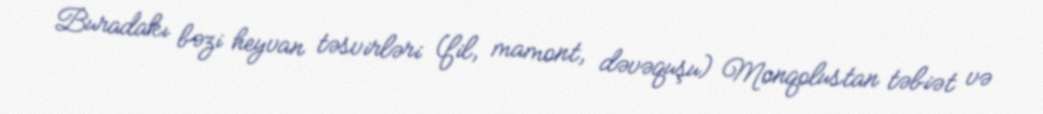
Buradakı bəzi heyvan təsvirləri (fil, mamont, dəvəquşu) Monqolustan təbiət və